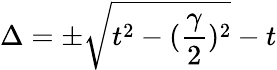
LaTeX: \Delta=\pm\sqrt{t^{2}-(\frac{\gamma}{2})^{2}}-t